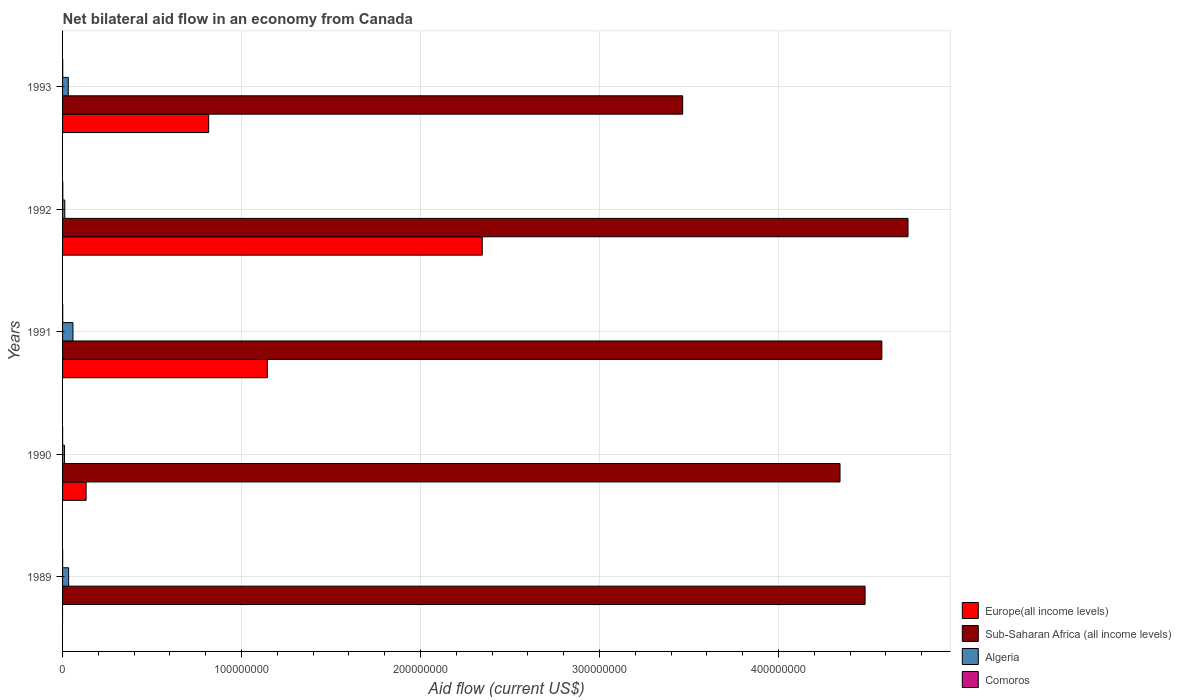
| Years | Europe(all income levels) | Sub-Saharan Africa (all income levels) | Algeria | Comoros |
 | --- | --- | --- | --- | --- |
 | 1989 | -1.64e+06 | 4.48e+08 | 3.39e+06 | 5e+04 |
 | 1990 | 1.32e+07 | 4.34e+08 | 1.09e+06 | 3e+04 |
 | 1991 | 1.14e+08 | 4.58e+08 | 5.81e+06 | 9e+04 |
 | 1992 | 2.34e+08 | 4.72e+08 | 1.25e+06 | 1.4e+05 |
 | 1993 | 8.16e+07 | 3.46e+08 | 3.2e+06 | 9e+04 |